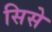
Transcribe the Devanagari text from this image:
सिसे